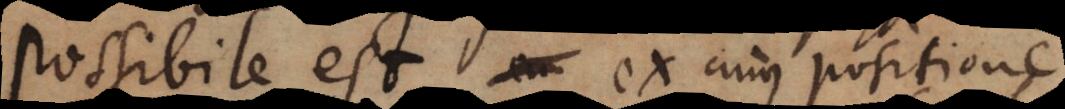
Possibile est ex cujus positione